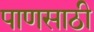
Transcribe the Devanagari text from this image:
पाणसाठी